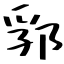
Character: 郛